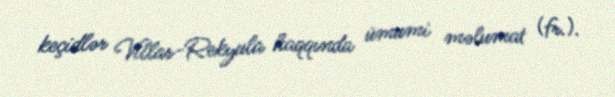
keçidlər Villar-Rekyula haqqında ümumi məlumat (fr.).